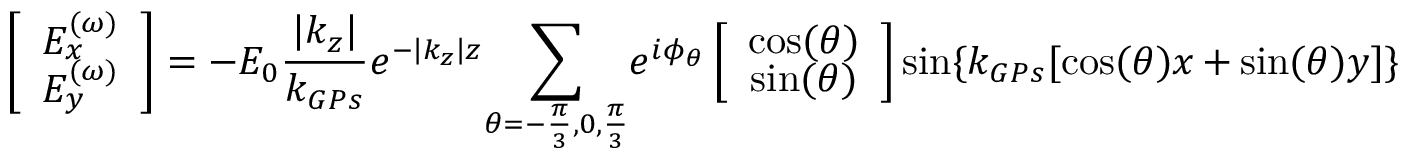
\left[ \begin{array} { c c } { E _ { x } ^ { ( \omega ) } } \\ { E _ { y } ^ { ( \omega ) } } \end{array} \right] = - E _ { 0 } \frac { \left| { k _ { z } } \right| } { k _ { G P s } } e ^ { - \left| { k _ { z } } \right| z } { \sum _ { \theta = - \frac { \pi } { 3 } , 0 , \frac { \pi } { 3 } } } { e ^ { i \phi _ { \theta } } } \left[ \begin{array} { c c } { \cos ( \theta ) } \\ { \sin ( \theta ) } \end{array} \right] \sin \{ k _ { G P s } [ \cos ( \theta ) x + \sin ( \theta ) y ] \}